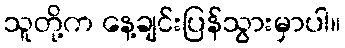
သူတို့က နေ့ချင်းပြန်သွားမှာပါ။